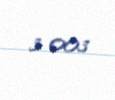
3 003